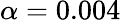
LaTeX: \alpha=0.004